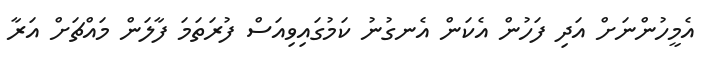
އެމީހުންނަށް އަދި ފަހުން އެކަން އެނގުނު ކަމުގައިވިއަސް ފުރަތަމަ ފާލަން މައްޗަށް އަރާ